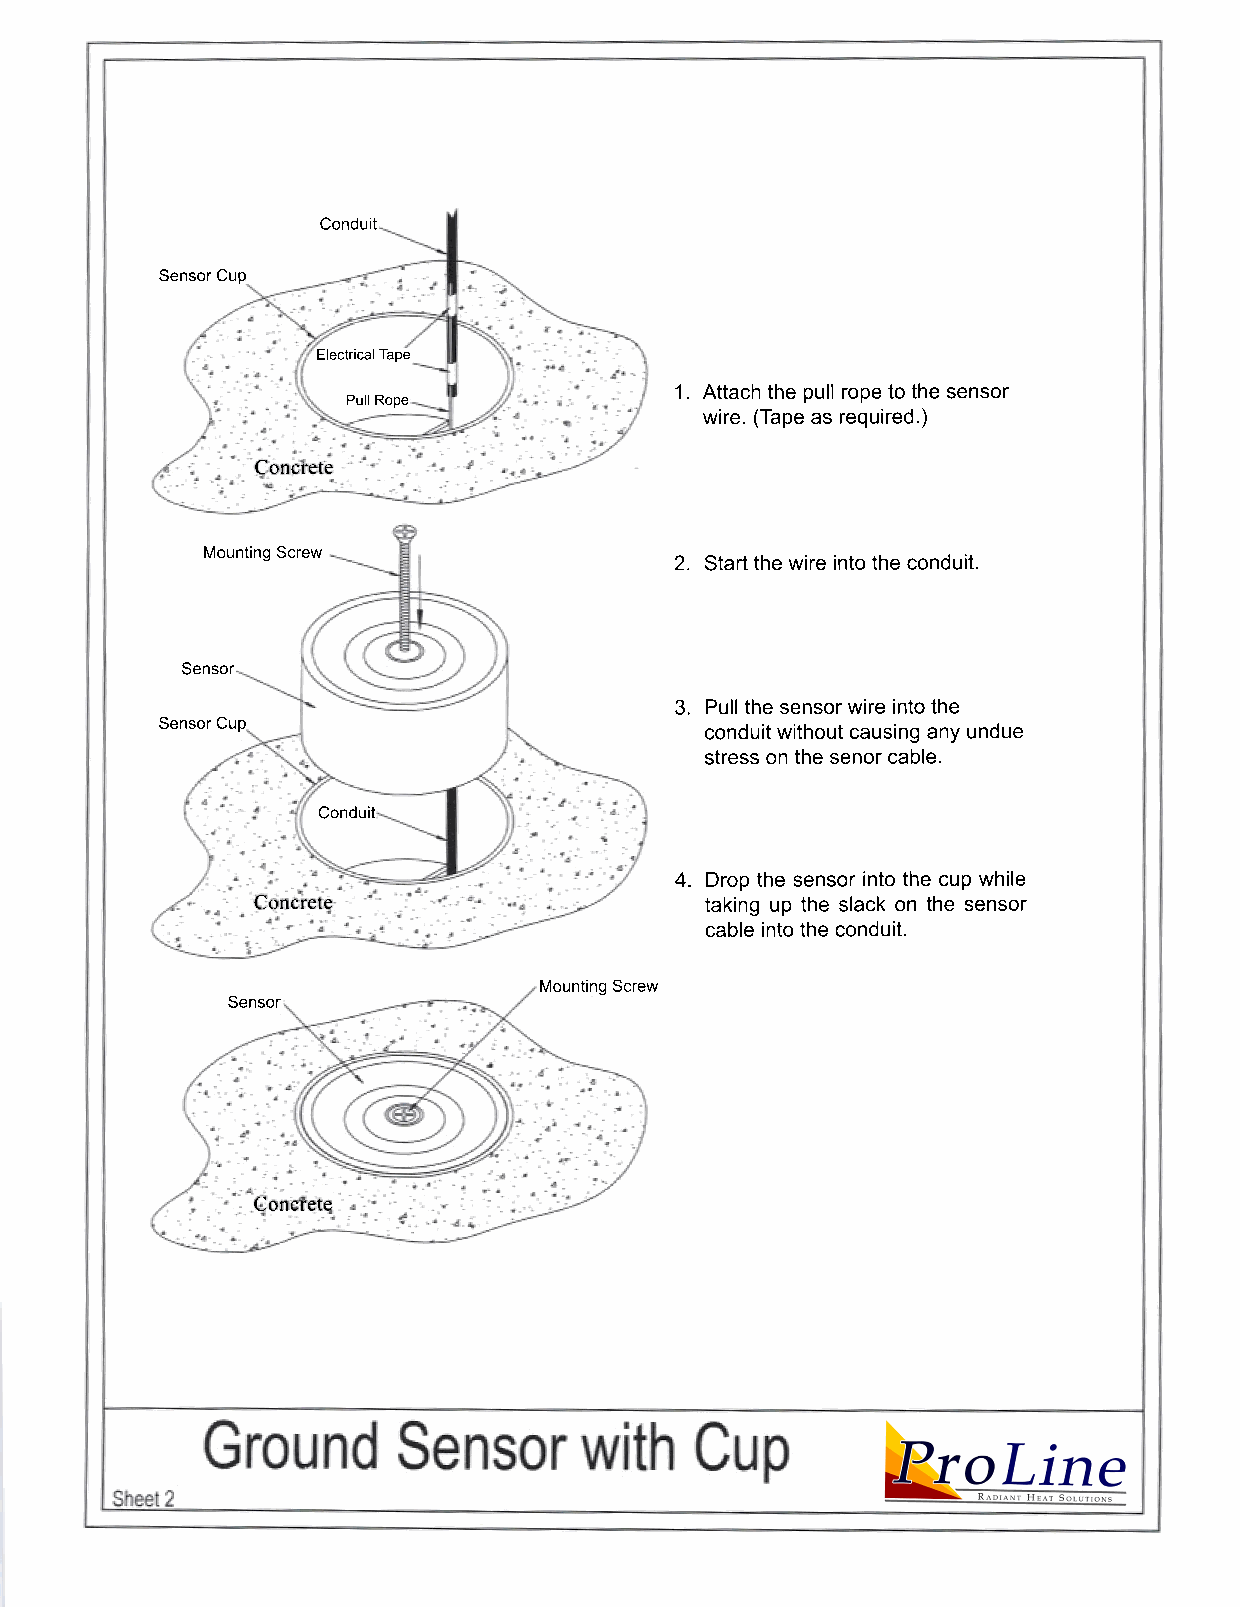
Conduit
 Sensor Cup
 Electrical Tape
 1.Attach the pull rope to the sensor
 Pull Rope
 wire. (Tape as required.)
 Concrete
 Mounting Screw
 2. Start the wire into the conduit.
 Sensor
 3.Pull the sensor wire into the
 Sensor Cup
 conduit without causing any undue
 stress on the senor cable.
 Conduit
 4.Drop the sensor into the cup while
 Concrete                      taking up the slack on the sensor
 cable into the conduit.
 Mounting Screw
 Sensor
 Concrete